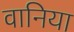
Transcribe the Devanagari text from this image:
वानिया